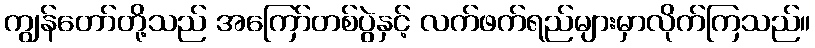
ကျွန်တော်တို့သည် အကြော်တစ်ပွဲနှင့် လက်ဖက်ရည်များမှာလိုက်ကြသည်။